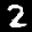
Label: 2